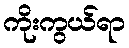
ကိုးကွယ်ရာ